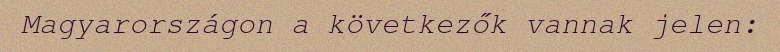
Magyarországon a következők vannak jelen: